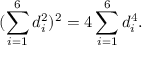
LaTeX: ( \sum _ { i = 1 } ^ { 6 } d _ { i } ^ { 2 } ) ^ { 2 } = 4 \sum _ { i = 1 } ^ { 6 } d _ { i } ^ { 4 } .